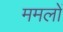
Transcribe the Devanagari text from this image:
ममलों